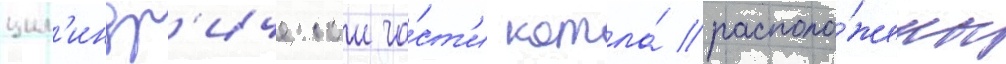
цил'индр'ическои ча́ст'и котла́ располо́жены